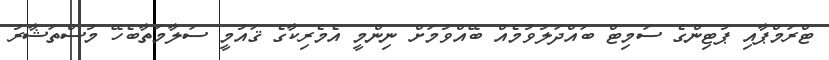
ޓްރަމްޕާއި ޕުޓިންގެ ސަމިޓް ބައްދަލުވުމެއް ބޭއްވުމަށް ނިންމީ އެމެރިކާގެ ޤައުމީ ސަލާމަތާބެހޭ މުސްތަޝާރު